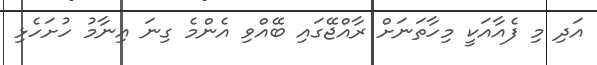
އަދި މި ފެއާއަކީ މިހާތަނަށް ރާއްޖޭގައި ބޭއްވި އެންމެ ގިނަ އިނާމު ހުށަހެޅި